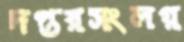
দপ্তরসংলগ্ন